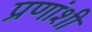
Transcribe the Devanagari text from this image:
प्रणांशी